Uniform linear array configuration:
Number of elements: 48
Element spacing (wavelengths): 1
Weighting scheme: blackman
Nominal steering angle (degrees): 45
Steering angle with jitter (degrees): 46.926
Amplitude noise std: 0.05
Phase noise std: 0.05

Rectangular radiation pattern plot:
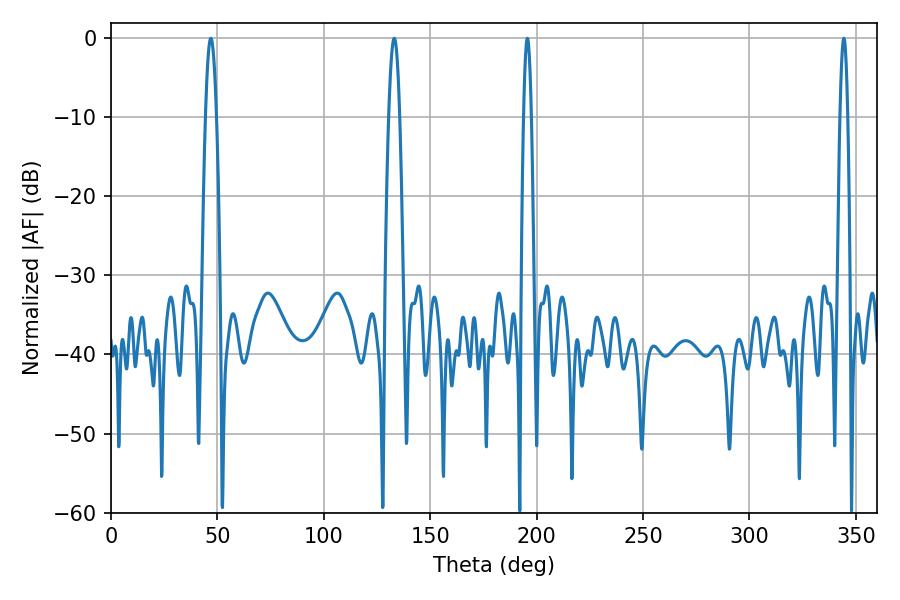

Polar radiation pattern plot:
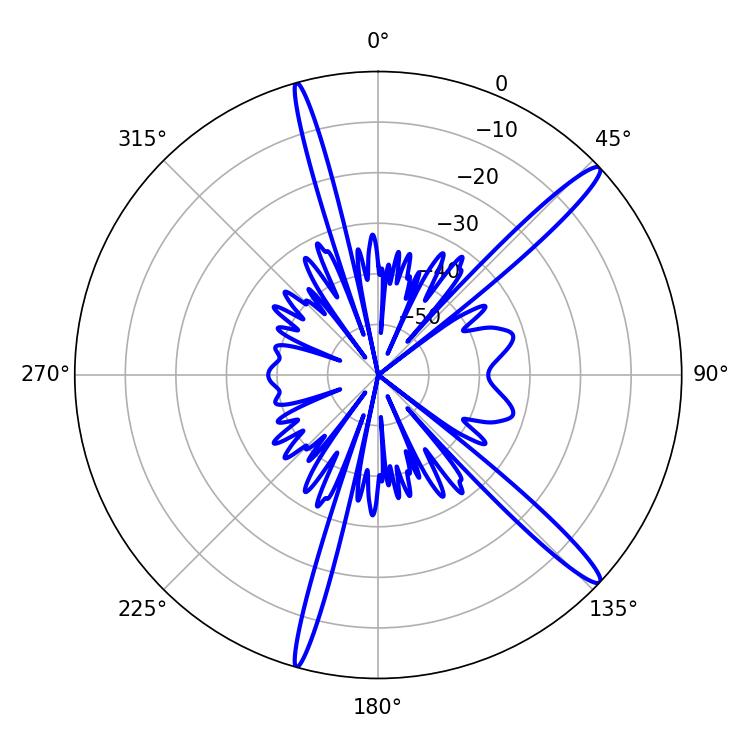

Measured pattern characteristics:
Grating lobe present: TRUE
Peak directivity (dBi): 15.345
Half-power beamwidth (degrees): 1.8
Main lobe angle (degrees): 195.66